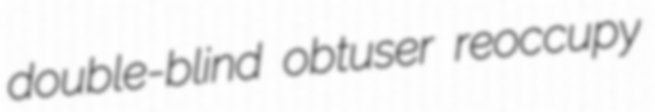
double-blind obtuser reoccupy